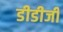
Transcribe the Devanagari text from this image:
डीडीजी